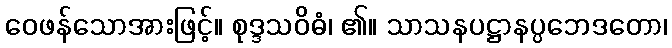
ဝေဖန်သောအားဖြင့်။ စုဒ္ဒသဝိဓံ၊ ၏။ သာသနပဋ္ဌာနပ္ပဘေဒတော၊